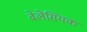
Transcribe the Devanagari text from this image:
वेलेंसियक